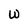
Character: w